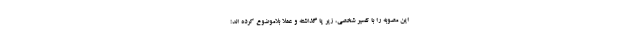
این مصوبه را با تفسیر شخصی، زیر پا گذاشته و عملاً بلاموضوع کرده اند؛